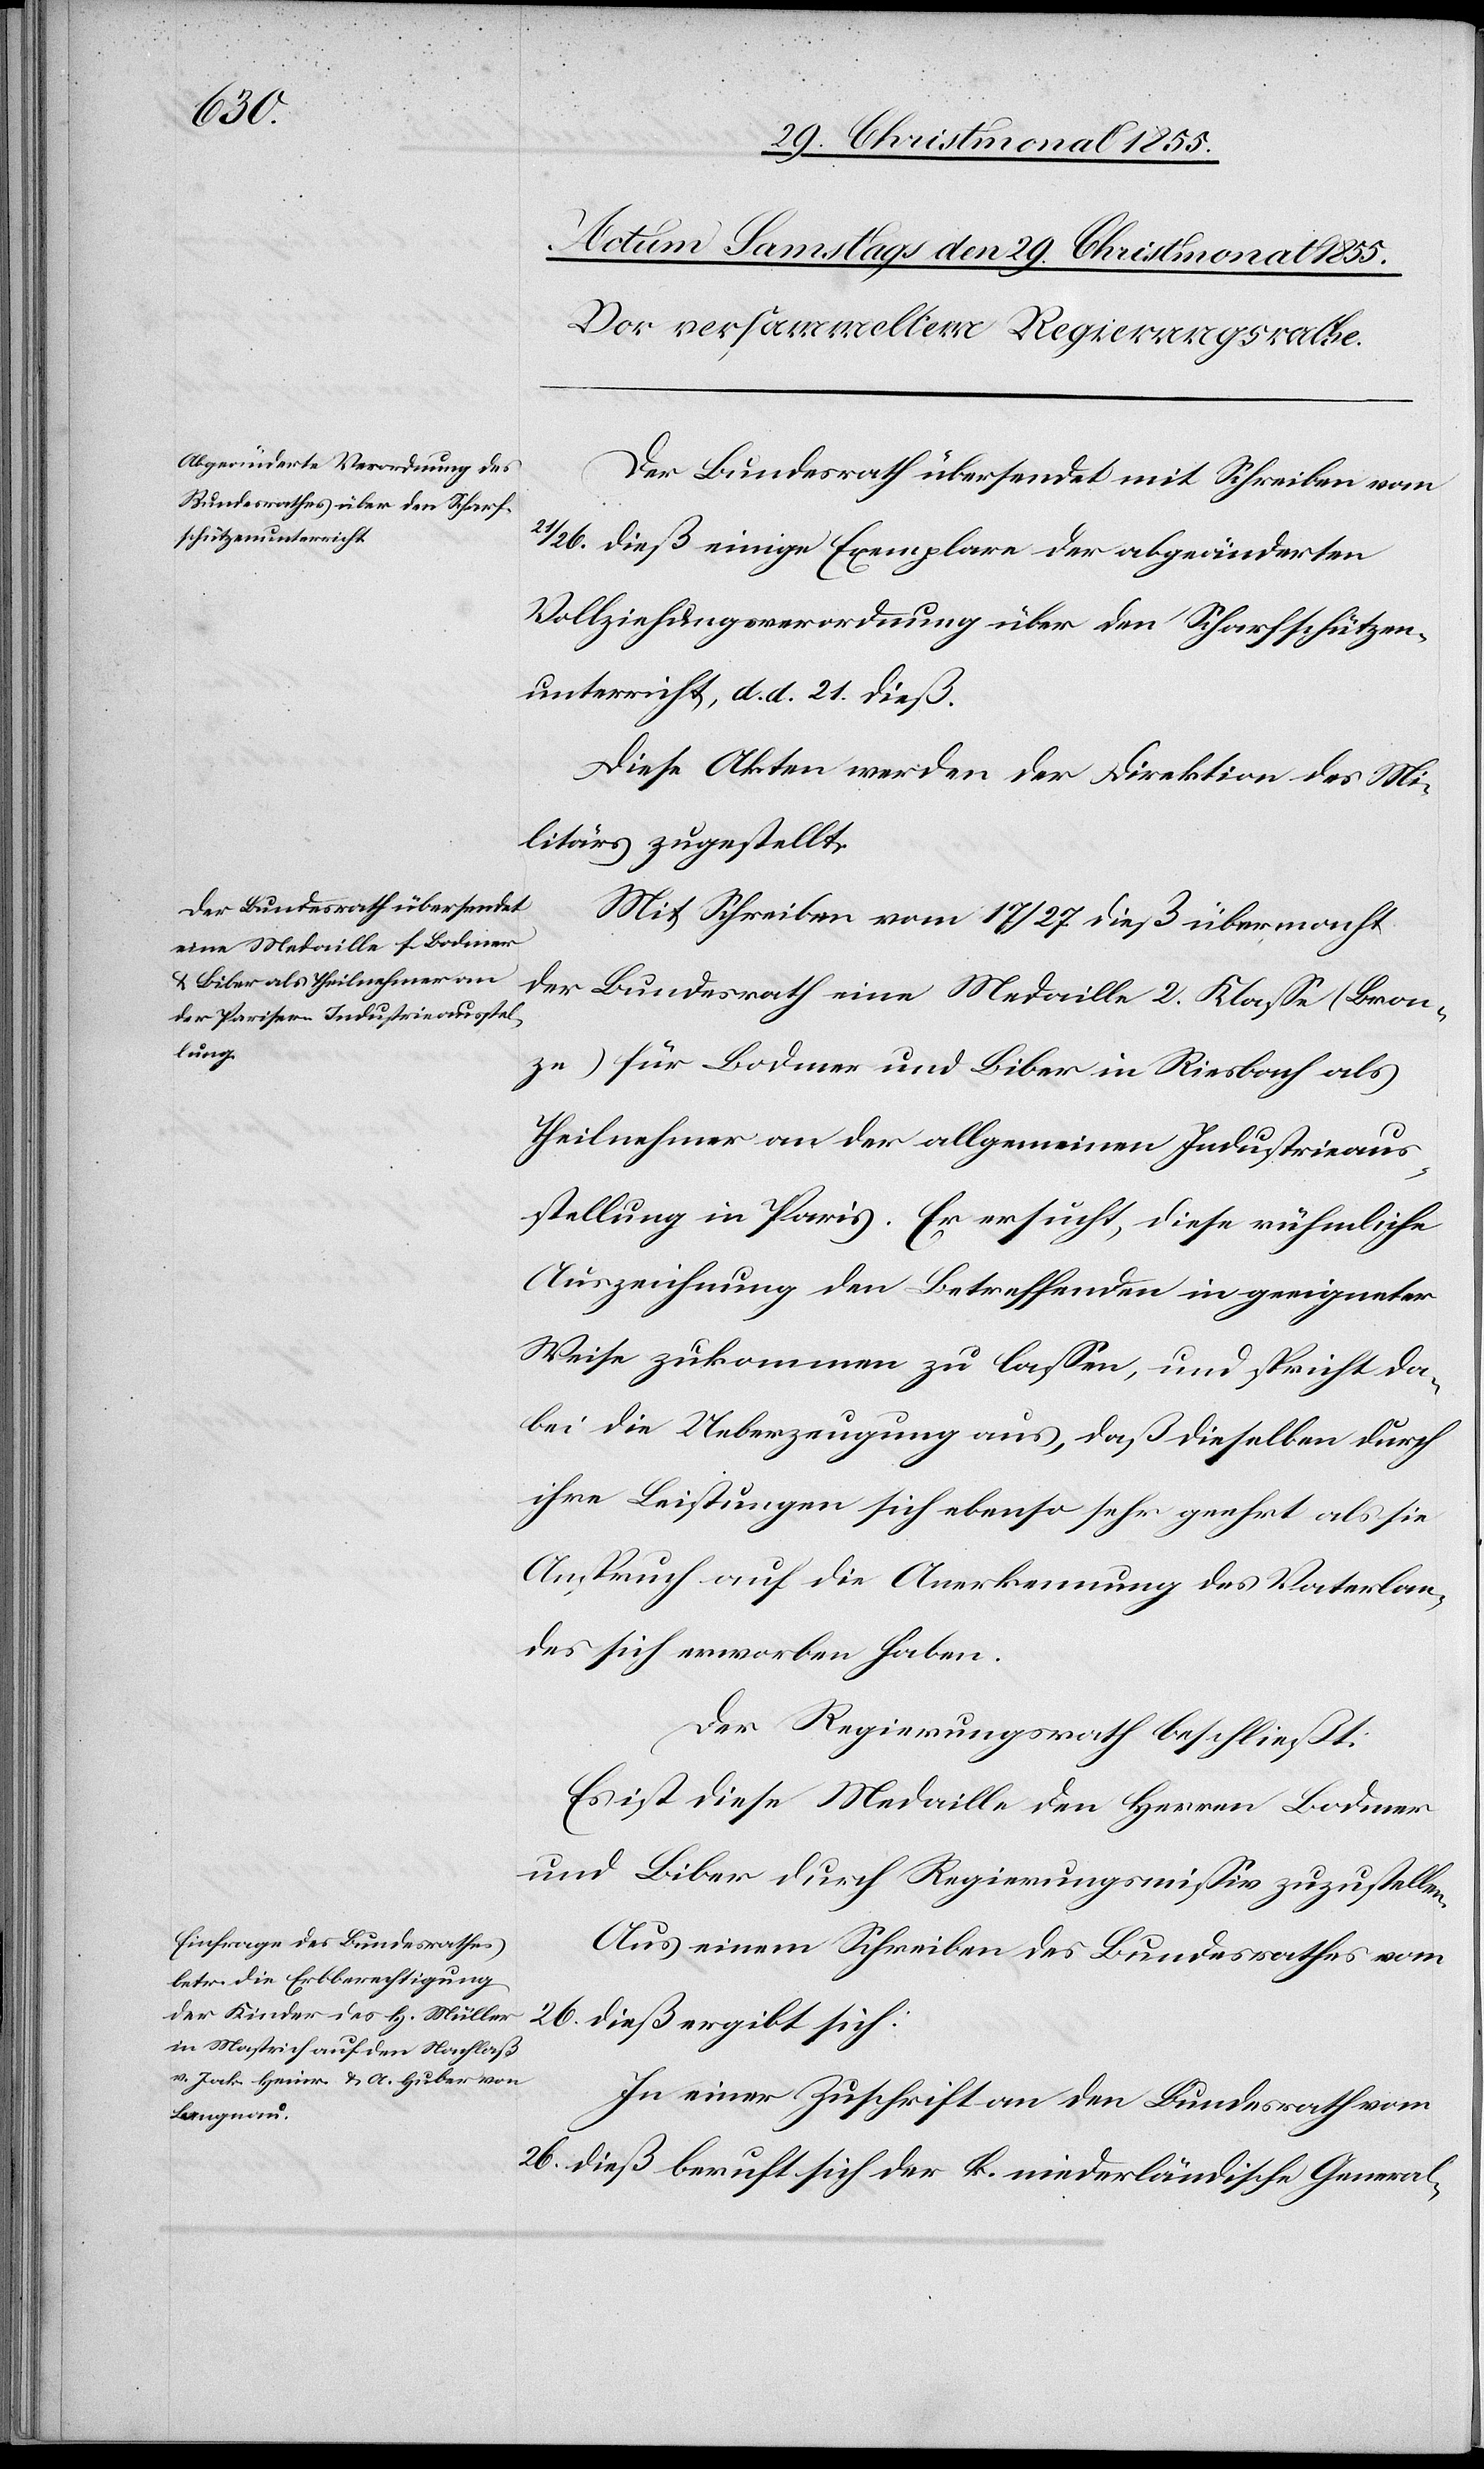
sich:
Der Bundesrath übersendet mit Schreiben vom
26. dieß einige Exemplare der abgeänderten
Vollziehungsverordnung über den Scharfschützen¬
unterricht, d. d. 21. dieß.
Diese Akten werden der Direktion des Mi¬
litärs zugestellt.
Mit Schreiben vom 17 / 27. dieß übermacht
der Bundesrath eine Medaille 2. Klasse (Bron¬
ze) für Bodmer und Biber in Riesbach als
Theilnehmer an der allgemeinen Industrieaus¬
stellung in Paris. Er ersucht, diese rühmliche
Auszeichnung den Betreffenden in geeigneter
Weise zukommen zu lassen, und spricht da¬
bei die Ueberzeugung aus, daß dieselben durch
ihre Leistungen sich ebenso sehr geehrt als sie
Anspruch auf die Anerkennung des Vaterlan¬
des sich erworben haben.
Der Regierungsrath beschließt:
Es ist diese Medaille den Herren Bodmer
und Biber durch Regierungsmissiv zuzustellen.
Aus einem Schreiben des Bundesrathes vom
In einer Zuschrift an den Bundesrath vom
26. dieß beruft sich der k. niederländische General-